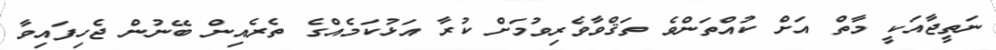
ނަތީޖާއަކީ މާތް އަށް ކުއްތަންވެ ތަޤްވާވެރިވުމަށް ކުރާ އަޅުކަމެއްގެ ތެރެއިން ބޭނުން ޖެހިފައިވާ